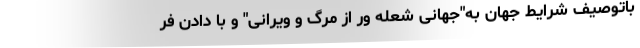
باتوصیف شرایط جهان به"جهانی شعله ور از مرگ و ویرانی" و با دادن فر